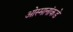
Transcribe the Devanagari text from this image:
ओस्मानांकडे